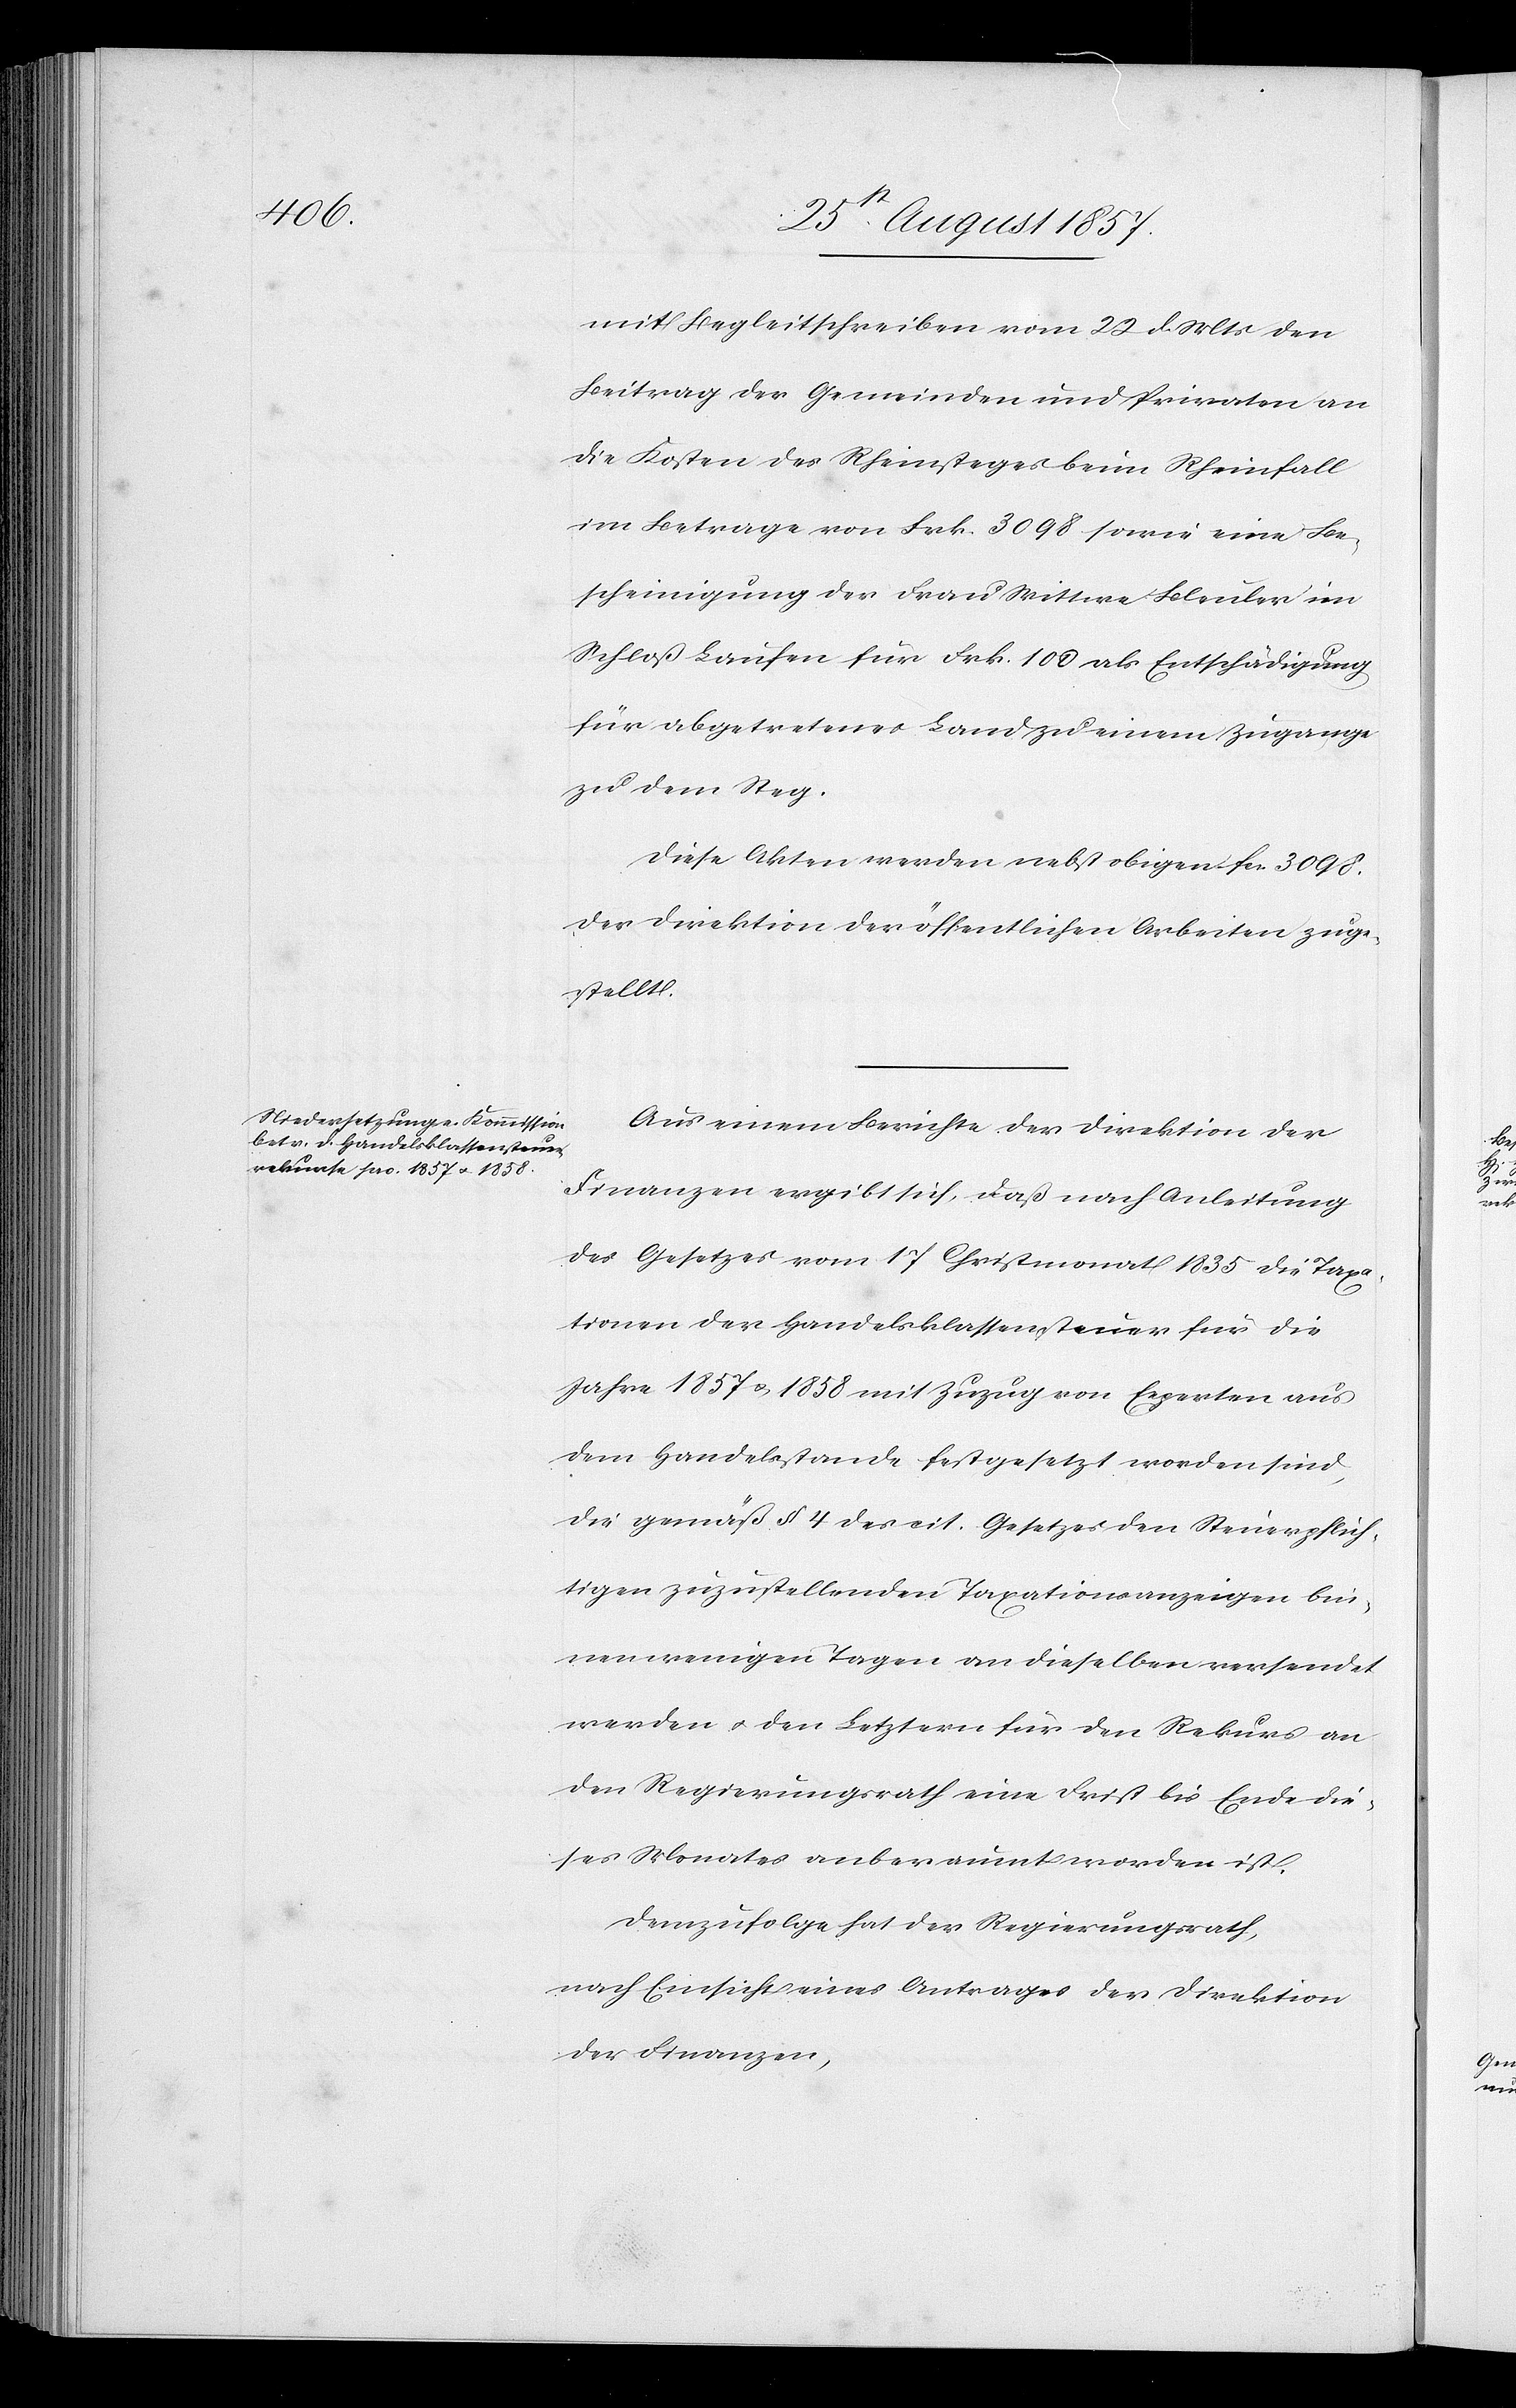
mit Begleitschreiben vom 22 d. Mts. den
Beitrag der Gemeinden und Privaten an
die Kosten des Rheinsteges beim Rheinfall
im Betrage von Frk. 3098 sowie eine Be¬
scheinigung der Frau Wittwe Bleuler im
Schloß Laufen für Frk. 100 als Entschädigung
für abgetretenes Land zu einem Zugange
zu dem Steg.
Diese Akten werden nebst obigen fcs 3098
der Direktion der öffentlichen Arbeiten zuge¬
stellt.
Aus einem Berichte der Direktion der
Finanzen ergibt sich, daß nach Anleitung
des Gesetzes vom 17 Christmonat 1835 die Taxa¬
tionen der Handelsklassensteuer für die
Jahre 1857 u. 1858 mit Zuzug von Experten aus
dem Handelsstande festgesetzt worden sind,
die gemäß § 4 des cit. Gesetzes den Steuerpflich¬
tigen zuzustellenden Taxationsanzeigen bin¬
nen wenigen Tagen an dieselben versendet
werden & den Letztern für den Rekurs an
den Regierungsrath eine Frist bis Ende die¬
ses Monates anberaumt worden ist.
Demzufolge hat der Regierungsrath,
nach Einsicht eines Antrages der Direktion
der Finanzen,